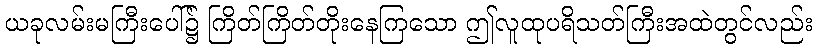
ယခုလမ်းမကြီးပေါ်၌ ကြိတ်ကြိတ်တိုးနေကြသော ဤလူထုပရိသတ်ကြီးအထဲတွင်လည်း